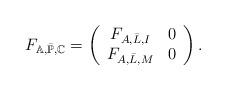
LaTeX: \begin{align*} F_{\mathbb{A},\bar{\mathbb{P}},\mathbb{C}}=\left( \begin{array}{cc} F_{A,\bar{L},I} & 0 \\ F_{A,\bar{L},M} & 0 \\ \end{array} \right).\end{align*}